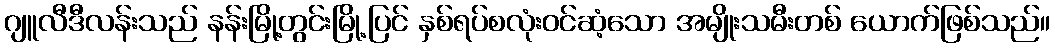
ဂျူလီဒီလန်းသည် နန်းမြို့တွင်းမြို့ပြင် နှစ်ရပ်စလုံးဝင်ဆံ့သော အမျိုးသမီးတစ် ယောက်ဖြစ်သည်။